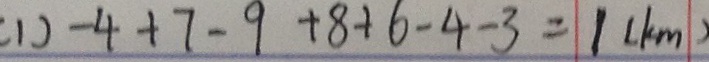
( 1 ) - 4 + 7 - 9 + 8 + 6 - 4 - 3 = 1 ( k m )